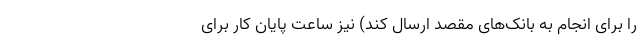
را برای انجام به بانک‌های مقصد ارسال کند) نیز ساعت پایان کار برای